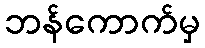
ဘန်ကောက်မှ